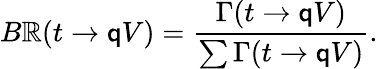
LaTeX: B\mathbb{R}(t\rightarrow\mathsf{q}V)=\frac{{\Gamma(t\rightarrow\mathsf{q}V)}}{{\sum\Gamma(t\rightarrow\mathsf{q}V)}}.